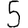
Digit: 5